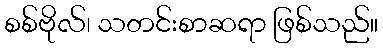
စစ်ဗိုလ်၊ သတင်းစာဆရာ ဖြစ်သည်။